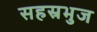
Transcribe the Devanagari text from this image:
सहस्रभुज